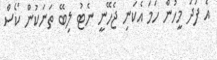
އެ ފަދަ މީހުން ހަމަ އެކަނި ޖެހޭނީ ނެޓު ލިބޭ ތަނަކުން ކޯސް